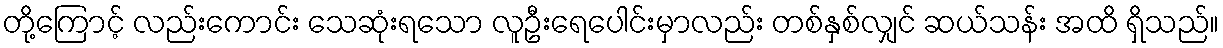
တို့ကြောင့် လည်းကောင်း သေဆုံးရသော လူဦးရေပေါင်းမှာလည်း တစ်နှစ်လျှင် ဆယ်သန်း အထိ ရှိသည်။